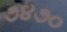
૭૪૭૦